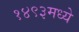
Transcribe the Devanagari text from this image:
१४९३मध्ये